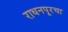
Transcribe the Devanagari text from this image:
राधनपूरचा